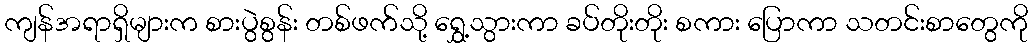
ကျန်အရာရှိများက စားပွဲစွန်း တစ်ဖက်သို့ ရွှေ့သွားကာ ခပ်တိုးတိုး စကား ပြောကာ သတင်းစာတွေကို